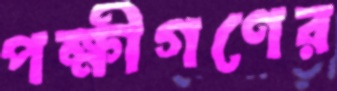
পক্ষীগণের